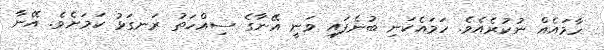
ހާމައެއް ނުކުރެއެވެ. ހަމައެކަނި ބުނެފައި ވަނީ އޭނާގެ ސިއްހަތު ރަނގަޅު ކަމަށެވެ. އޭނާ